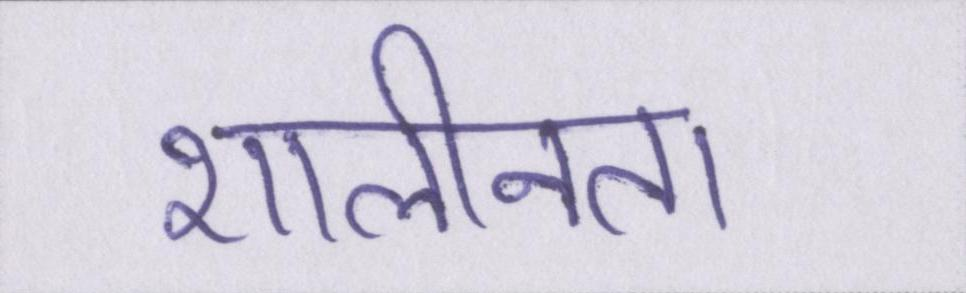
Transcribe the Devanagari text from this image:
शालीनता